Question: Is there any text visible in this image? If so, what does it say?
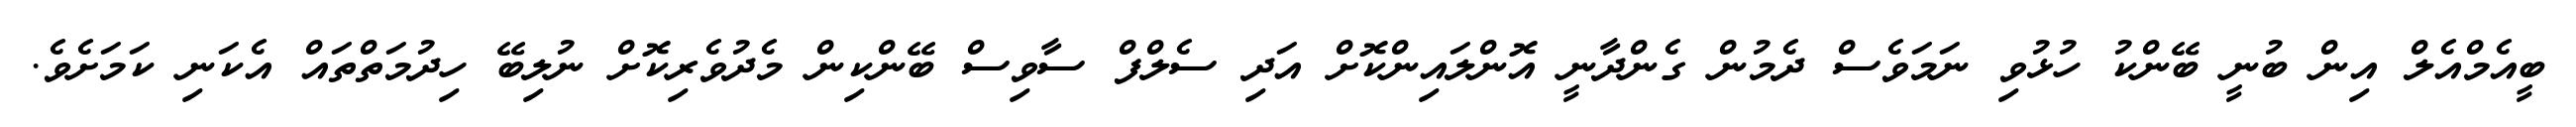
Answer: ބީއެމްއެލް އިން ބުނީ ބޭންކު ހުޅުވި ނަމަވެސް ދެމުން ގެންދާނީ އޮންލައިންކޮށް އަދި ސެލްފް ސާވިސް ބޭންކިން މެދުވެރިކޮށް ނުލިބޭ ހިދުމަތްތައް އެކަނި ކަމަށެވެ.